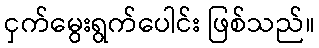
ငှက်မွေးရွက်ပေါင်း ဖြစ်သည်။